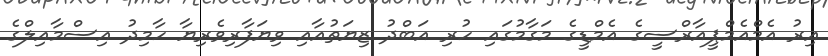
އިރު އެމްއެމްޕީއާރްސީގެ އެމްޑީގެ މަގާމުގައި ހުރި އަބްދު ޒިޔަތުއާއި ވިޔަފާރިވެރިޔާ ހާމިދު އިސްމާއިލްގެ